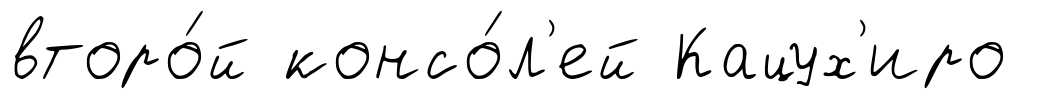
второ́й консо́л'ей Кацух'иро